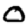
Digit: 0